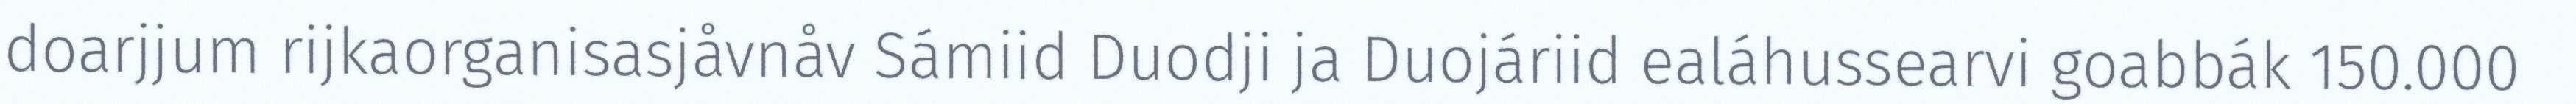
doarjjum rijkaorganisasjåvnåv Sámiid Duodji ja Duojáriid ealáhussearvi goabbák 150.000